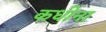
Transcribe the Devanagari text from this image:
कधीना